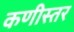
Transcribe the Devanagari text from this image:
कणीस्तर